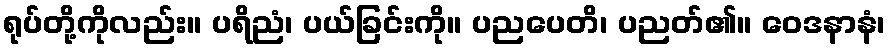
ရုပ်တို့ကိုလည်း။ ပရိညံ၊ ပယ်ခြင်းကို။ ပညပေတိ၊ ပညတ်၏။ ဝေဒနာနံ၊